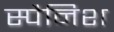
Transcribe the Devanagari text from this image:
स्‍पैनिश